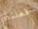
فعلناه